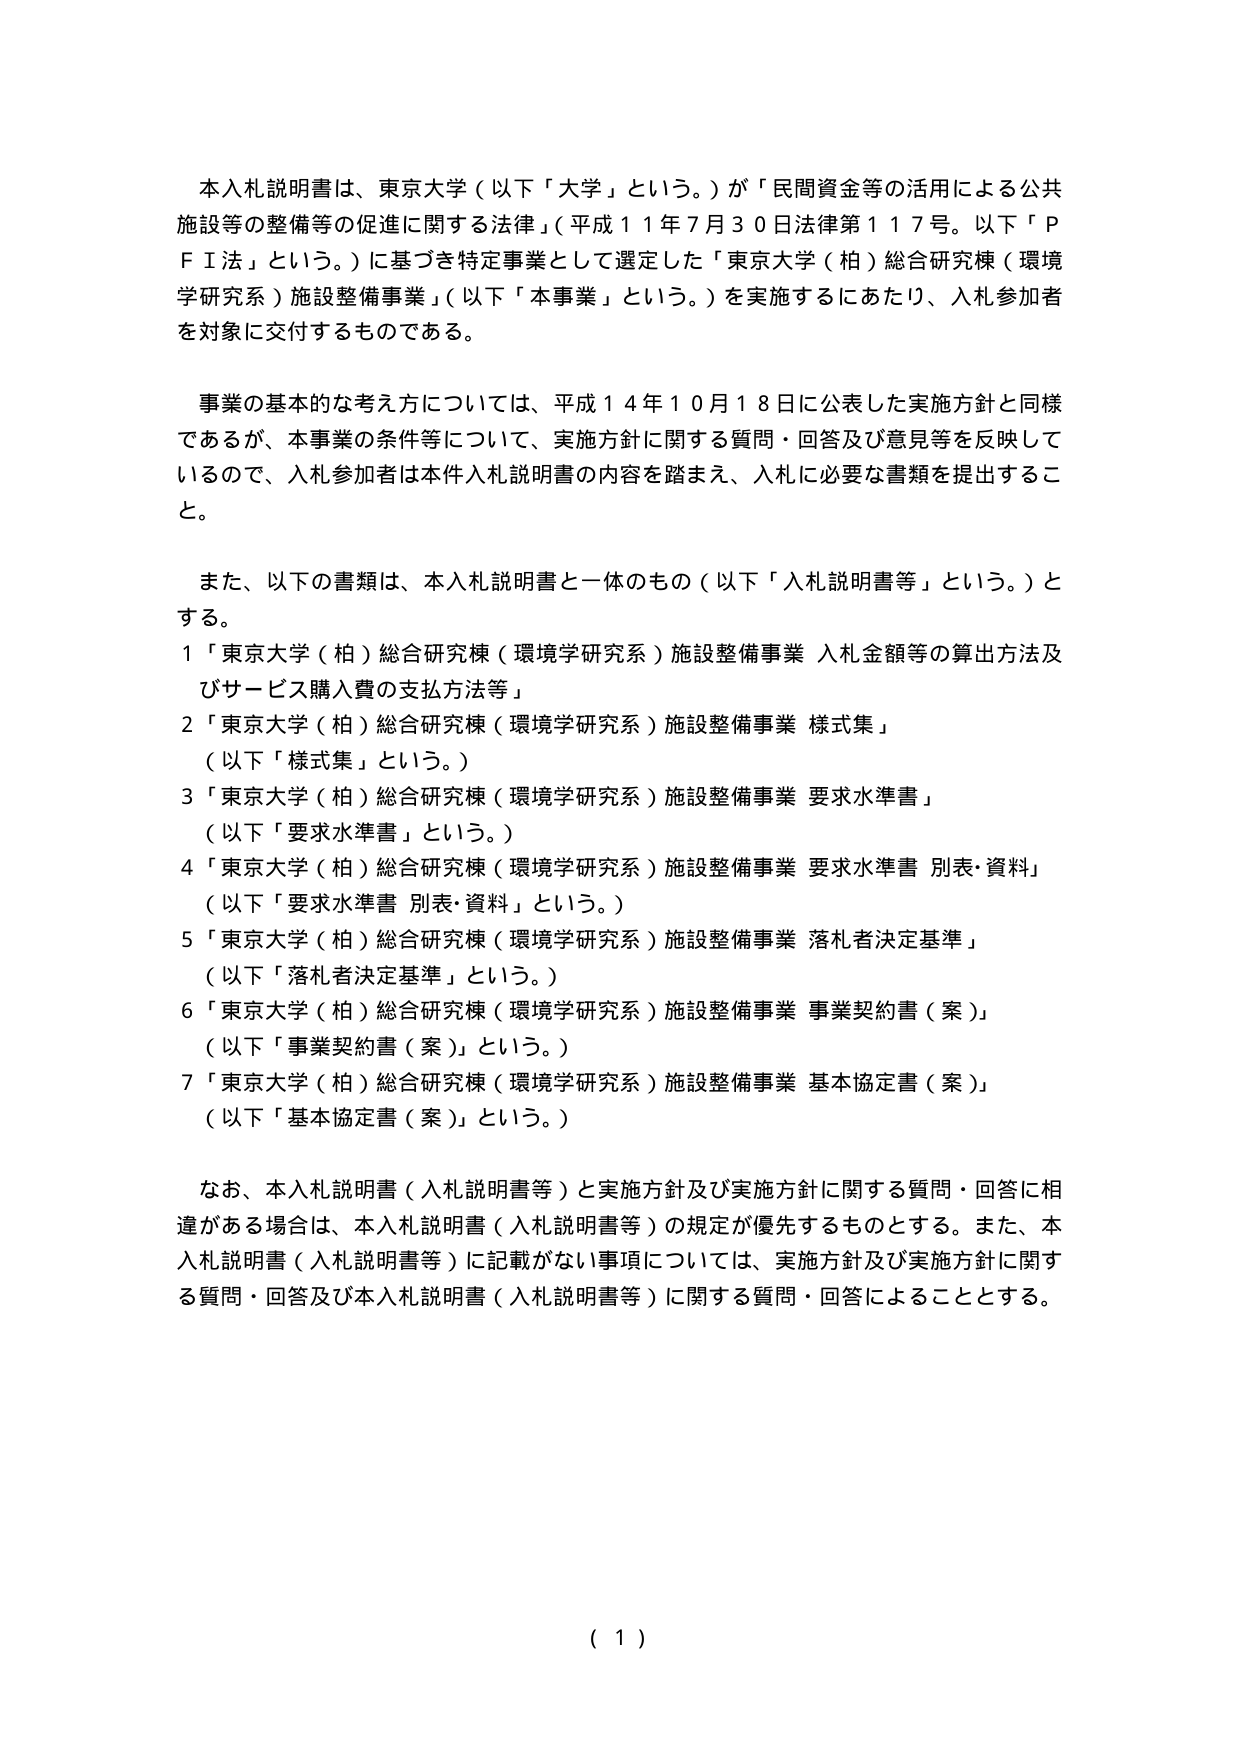
本入札説明書は、東京大学（以下「大学」という。）が「民間資金等の活用による公共施設等の整備等の促進に関する法律」（平成１１年７月３０日法律第１１７号。以下「ＰＦＩ法」という。）に基づき特定事業として選定した「東京大学（柏）総合研究棟（環境学研究系）施設整備事業」（以下「本事業」という。）を実施するにあたり、入札参加者を対象に交付するものである。

事業の基本的な考え方については、平成１４年１０月１８日に公表した実施方針と同様であるが、本事業の条件等について、実施方針に関する質問・回答及び意見等を反映しているので、入札参加者は本件入札説明書の内容を踏まえ、入札に必要な書類を提出すること。

また、以下の書類は、本入札説明書と一体のもの（以下「入札説明書等」という。）とする。
１「東京大学（柏）総合研究棟（環境学研究系）施設整備事業 入札金額等の算出方法及びサービス購入費の支払方法等」
２「東京大学（柏）総合研究棟（環境学研究系）施設整備事業 様式集」
（以下「様式集」という。）
３「東京大学（柏）総合研究棟（環境学研究系）施設整備事業 要求水準書」
（以下「要求水準書」という。）
４「東京大学（柏）総合研究棟（環境学研究系）施設整備事業 要求水準書 別表・資料」
（以下「要求水準書 別表・資料」という。）
５「東京大学（柏）総合研究棟（環境学研究系）施設整備事業 落札者決定基準」
（以下「落札者決定基準」という。）
６「東京大学（柏）総合研究棟（環境学研究系）施設整備事業 事業契約書（案）」
（以下「事業契約書（案）」という。）
７「東京大学（柏）総合研究棟（環境学研究系）施設整備事業 基本協定書（案）」
（以下「基本協定書（案）」という。）

なお、本入札説明書（入札説明書等）と実施方針及び実施方針に関する質問・回答に相違がある場合は、本入札説明書（入札説明書等）の規定が優先するものとする。また、本入札説明書（入札説明書等）に記載がない事項については、実施方針及び実施方針に関する質問・回答及び本入札説明書（入札説明書等）に関する質問・回答によることとする。

（１）